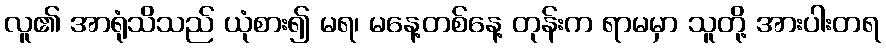
လူ၏ အာရုံသိသည် ယုံစား၍ မရ၊ မနေ့တစ်နေ့ တုန်းက ရာမမှာ သူတို့ အားပါးတရ